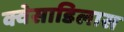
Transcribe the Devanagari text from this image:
क्वेसाडिलास